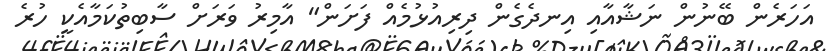
އަހަރެން ބޭނުން ނަޝާއާއި އިނދެގެން ދިރިއުޅުމެއް ފަށަން" އާމިރު ވަރަށް ސާބިތުކަމާއެކީ ހުރެ